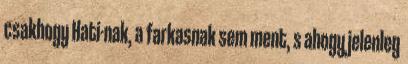
csakhogy Hati-nak, a farkasnak sem ment, s ahogy jelenleg